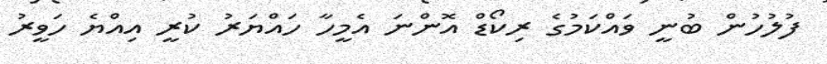
ފުލުހުން ބުނީ ވައްކަމުގެ ރިކޯޑް އޮންނަ އެމީހާ ހައްޔަރު ކުރީ އިއްޔެ ހަވީރު